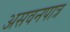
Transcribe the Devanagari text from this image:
असवनपात्र